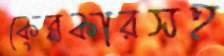
কেব্লকারসহ